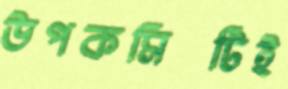
উপকমিটিই